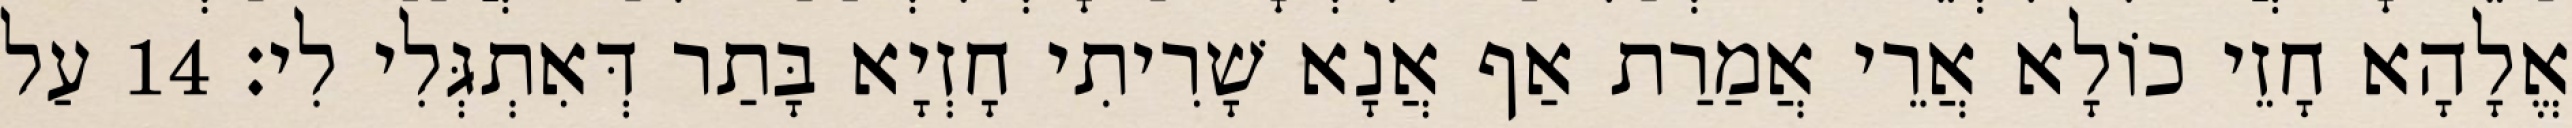
אֱלָהָא חָזֵי כוֹלָא אֲרֵי אֲמַרַת אַף אֲנָא שָׁרִיתִי חָזְיָא בָּתַר דְּאִתְגְּלִי לִי׃ 14 עַל